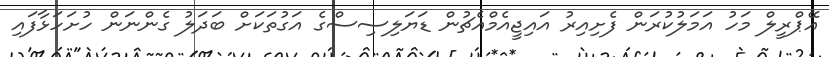
އޭޕްރީލް މަހު އަމަލުކުރަން ފެށިއިރު އައިޖީއެމްއެޗުން ޑަޔަލިސިސްގެ އަގުތަކަށް ބަދަލު ގެންނަން ހުށަހަޅާފައި